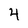
Character: 4